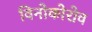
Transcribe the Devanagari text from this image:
विनोकोरोव